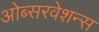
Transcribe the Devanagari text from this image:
ओब्सरवेशन्स